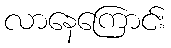
လာနေကြောင်း